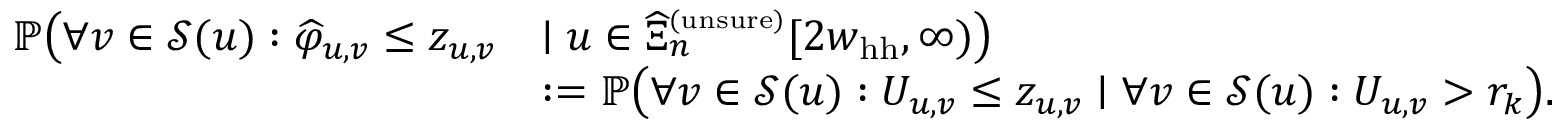
\begin{array} { r l } { \mathbb { P } \big ( \forall v \in { \mathcal S } ( u ) : \widehat \varphi _ { u , v } \le z _ { u , v } } & { \mid u \in \widehat \Xi _ { n } ^ { \scriptscriptstyle ( \mathrm { u n s u r e } ) } [ 2 w _ { \mathrm { h h } } , \infty ) \big ) } \\ & { : = \mathbb { P } \big ( \forall v \in { \mathcal S } ( u ) : U _ { u , v } \le z _ { u , v } \mid \forall v \in { \mathcal S } ( u ) : U _ { u , v } > r _ { k } \big ) . } \end{array}